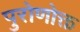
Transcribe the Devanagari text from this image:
पुरोणोक्त